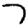
Digit: 7